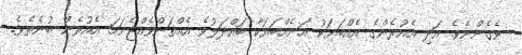
ވެގެންނެވެ. އަދި އެއުރެންގެ އެއްބަޔަކު އަނެއްބަޔަކާ ބައްދަލުވެ އެއްތަންވެއްޖެނަމަ އެއުރެން ބުނެތެވެ.